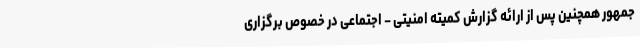
جمهور همچنین پس از ارائه گزارش کمیته امنیتی – اجتماعی در خصوص برگزاری